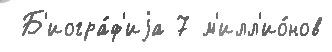
 Б'иогра́ф'иjа 7 м'илл'ио́нов